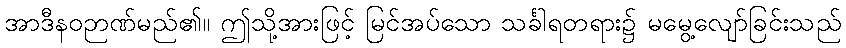
အာဒီနဝဉာဏ်မည်၏။ ဤသို့အားဖြင့် မြင်အပ်သော သင်္ခါရတရား၌ မမွေ့လျော်ခြင်းသည်